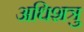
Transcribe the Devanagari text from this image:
अधिशत्रु